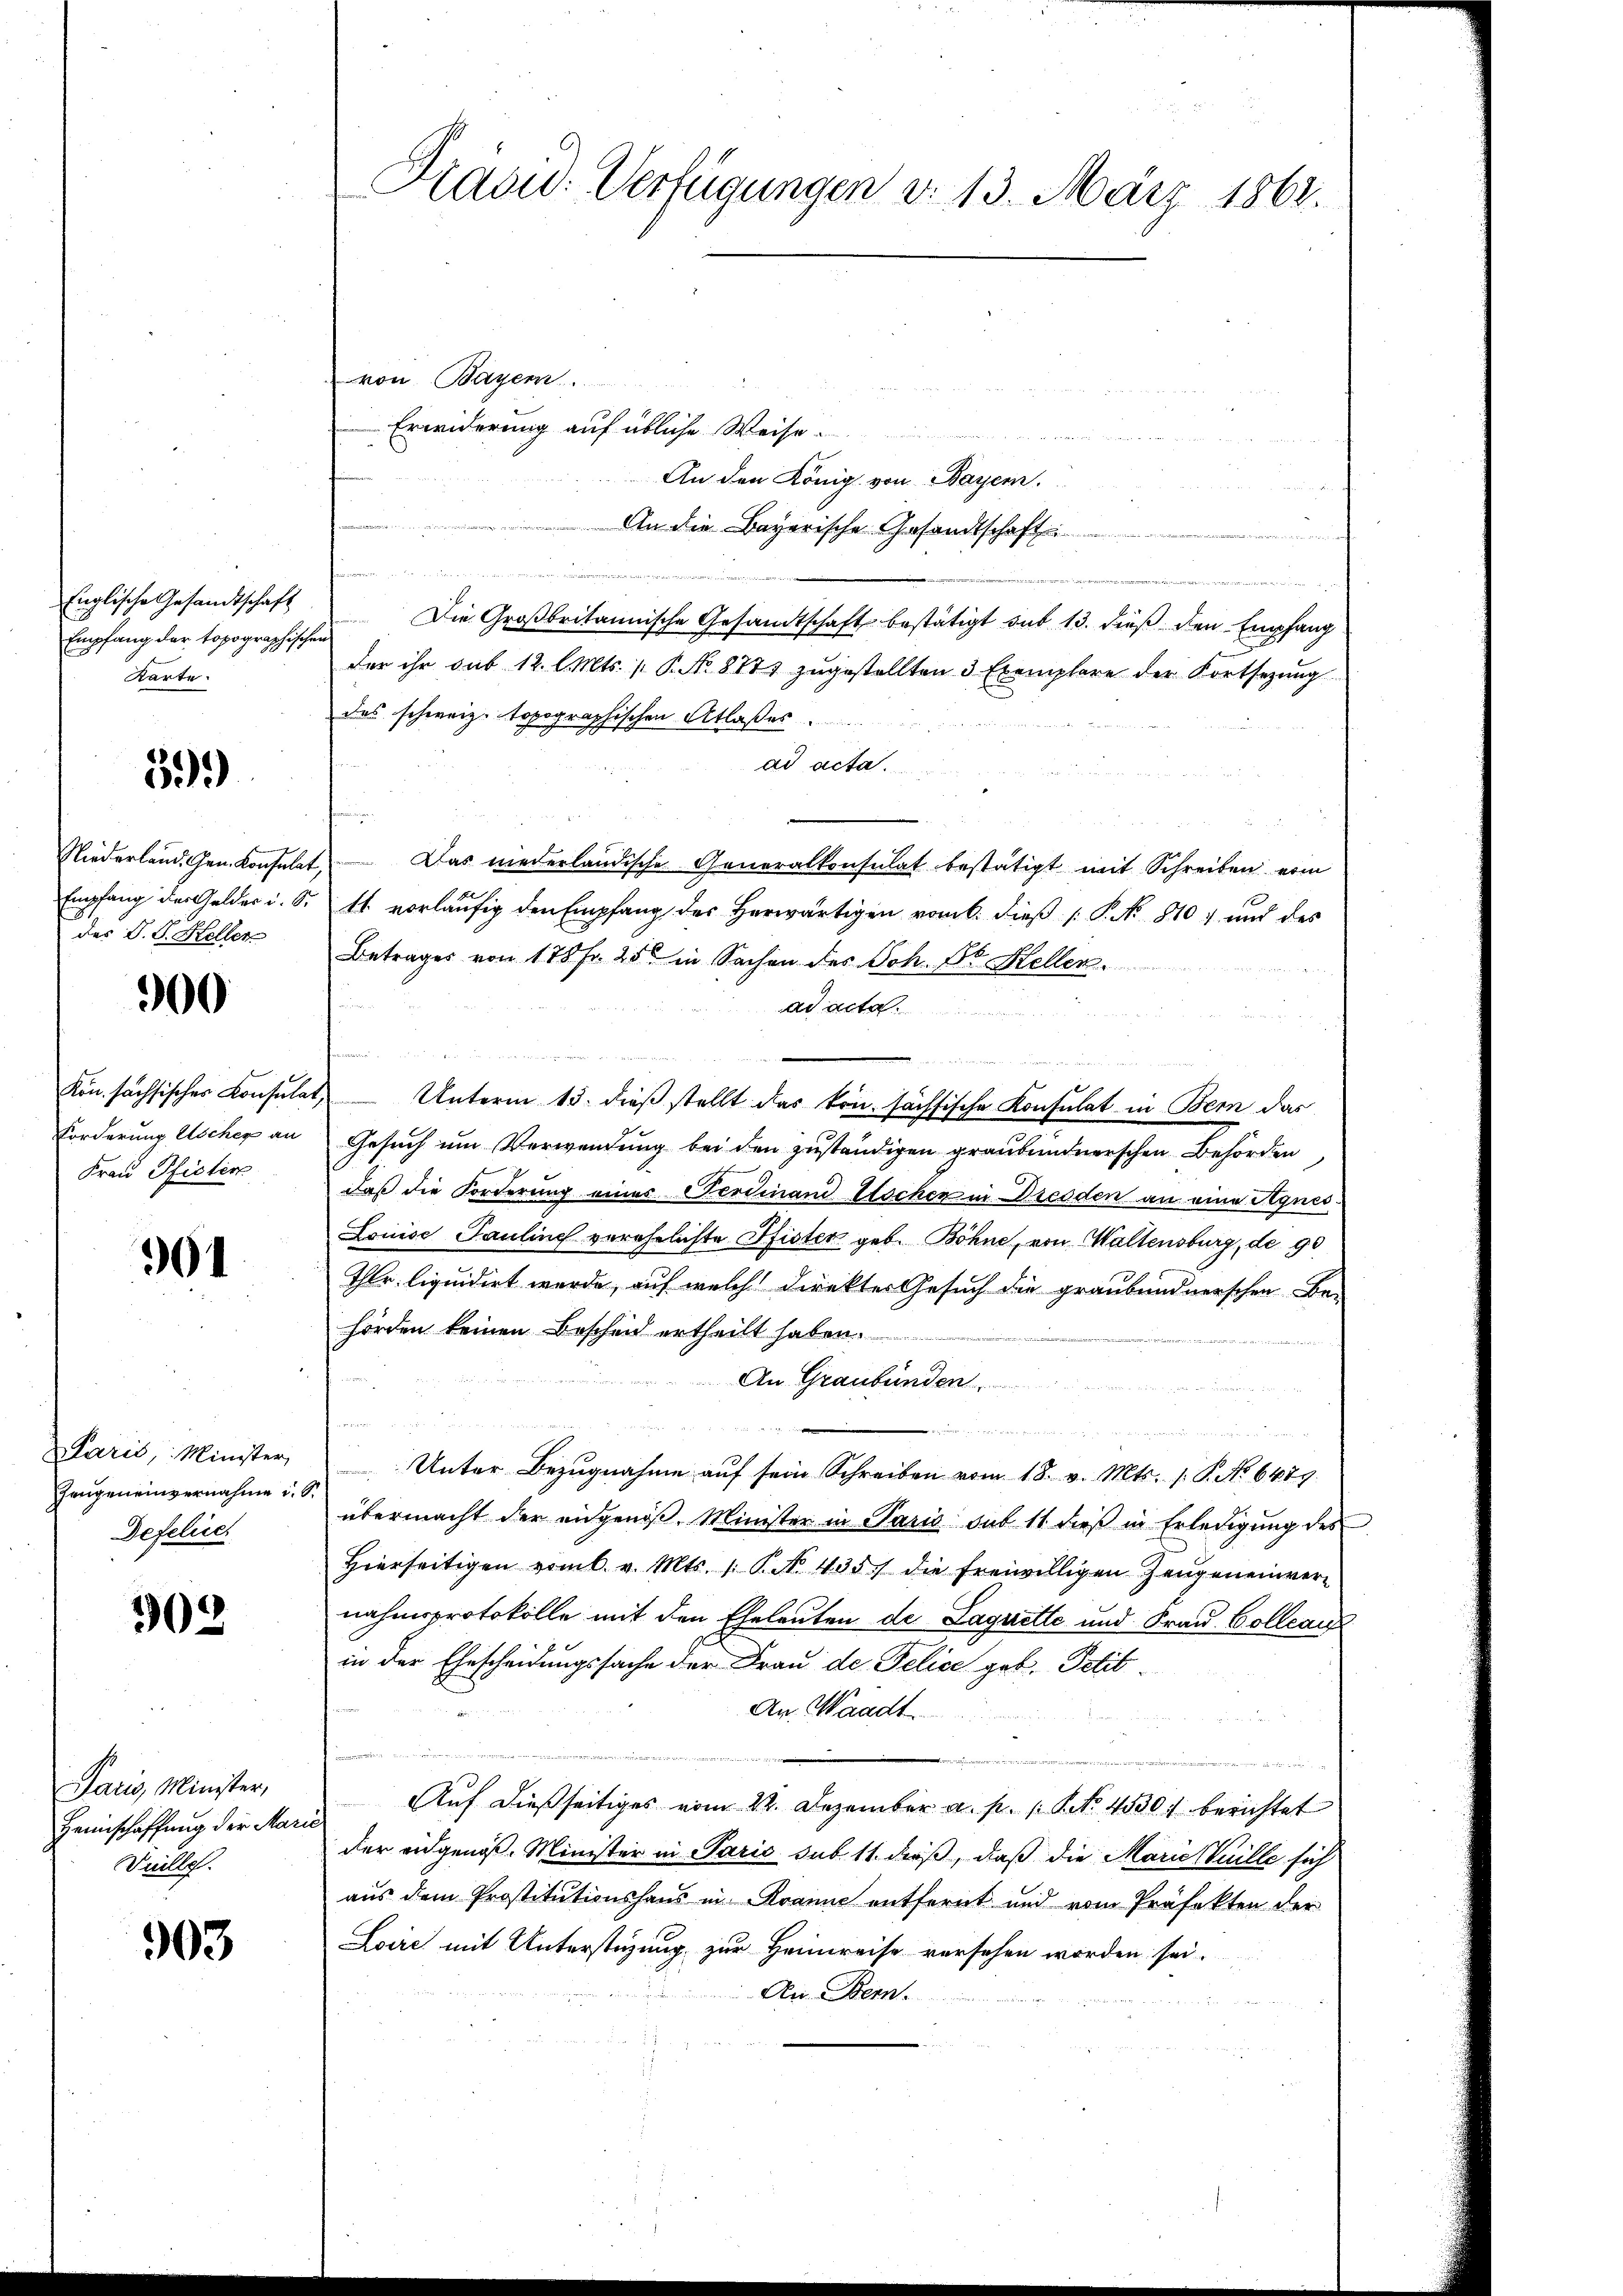
Englische Gesandtschaft
Empfang der topographisch
Karte.

39.)

Niederland Gen. Konsulat
des J. J. Heller

300

Kön. sächsischer Konsula
Forderung Ascher an
Frau Pfister

301

Paris, Minister,
Zeugeneinvernahme u.
Defelice

302

Paris, Minister,
Heimschaffung der Marie
Dille.

303

Kaad: Verfügungen d. 13. März 1862.

von Bayer.
Erwiderung auf übliche Weise.
An den Königl. von Bayern.
An die Bayerische Gesandtschaft
u
t

Die Großbritannische Gesandtschaft bestätigt sub 13. dieß den Empfang
Fend
der ihr sub 12. l. Mts. P. No. 8774 zŭgestellten 3 Exemplare der Fortsetzŭng
des schweiz. topographischen Atlaßes.
ad acta.
 Das niederländische Generalkonsulat bestätigt mit Schreiben vom
Empfang der Gelder i. S. 11. vorläŭfig den Empfang des herwärtigen vom 6. dieβ (: P. Nr. 810 und des
Betrages von 175 fr. 25 in Sachen des Joh. Dr. Hellen.
ad acta
              verung an
1 Unterm 13. dieß stellt das kön. sächsische Konsulat in Bern das
Gesuch um Verwendung bei den zuständigen graubündnerschen Behörden
daß die Forderung eines Ferdinand Wochen in Dresden an eine Agnes
Louise Pauline verehelichte Pfister geb. Böhne, von Waltensburg, de 90
Thlr. liquidirt wurde, auf welche direkter Gesuch die graubündnerschen Be-
hörden keinen Bescheid ertheilt haben.
An Graubünden.

Unter Bezŭgnahme aŭf sein Schreiben vom 18. v. Mts. s. S. No 6479.
übermacht der eidgenöß. Minister in Paris sub 11 dieß in Erledigung des
Hierseitigen vom 6. v. Mts. 1. P. No. 435 die freiwilligen Zeugen einvernahmsprotokolle mit den Eheleuten de Laguette und Frau Collauf
in der Ehescheidungssache der Frau de Pelice geb. Petit
An. Waadt
u
u
Auf dießseitiges vom 22. Dezember a. p. 1. No. 4530) berichtet
der eidgenöß. Minister in Paris sub 11. dieß, daß die Marie Guille sich
aus dem Prostitutionshaus in Kranne entfernt und vom Präfekten der
Loire mit Unterstüzung zur Heimreise versehen worden sei.
An Bern.